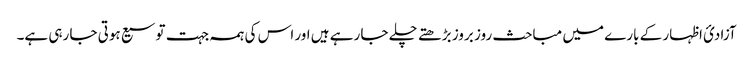
آزادئ اظہار کے بارے میں مباحث روز بروز بڑھتے چلے جا رہے ہیں اور اس کی ہمہ جہت توسیع ہوتی جا رہی ہے۔